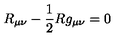
R _ { \mu \nu } - \frac { 1 } { 2 } R g _ { \mu \nu } = 0